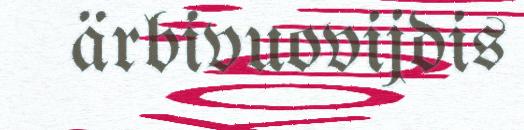
ärbivuovijdis